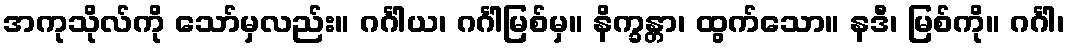
အကုသိုလ်ကို သော်မှလည်း။ ဂင်္ဂါယ၊ ဂင်္ဂါမြစ်မှ။ နိက္ခန္တာ၊ ထွက်သော။ နဒီ၊ မြစ်ကို။ ဂင်္ဂါ၊